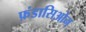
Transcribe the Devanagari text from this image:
फ़ंडासिओन